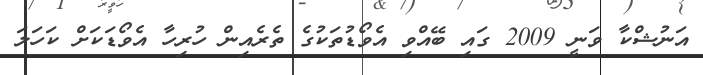
އަނުޝްކާ ވަނީ 2009 ގައި ބޭއްވި އެވޯޑުތަކުގެ ތެރެއިން ހުރިހާ އެވޯޑަކަށް ކަހަލަ